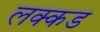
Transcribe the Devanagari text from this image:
लक्कड